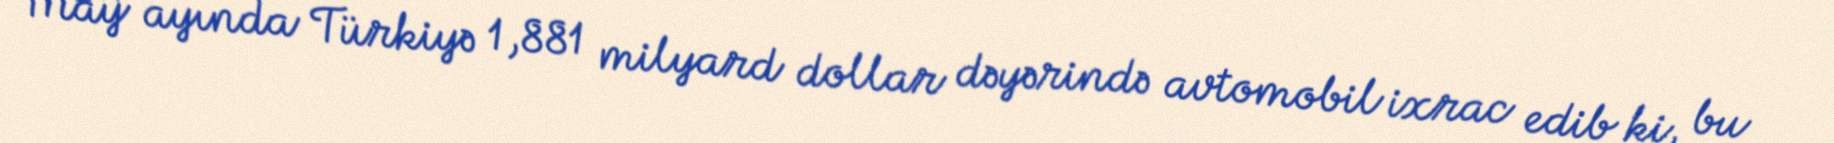
May ayında Türkiyə 1,881 milyard dollar dəyərində avtomobil ixrac edib ki, bu